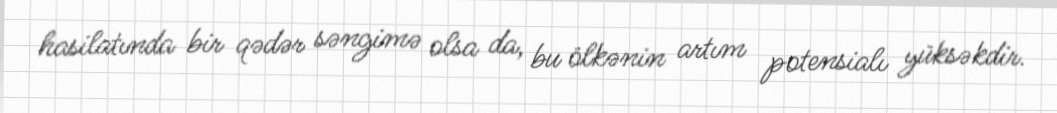
hasilatında bir qədər səngimə olsa da, bu ölkənin artım potensialı yüksəkdir.